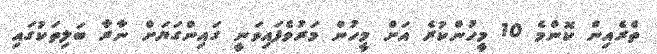
ތެރެއިން ކޮންމެ 10 މީހުންކުރެ އަށް މީހުން މަރުވެފައިވަނީ ގައިންގަޔަށް ނާރާ ބަލިތަކުގައި